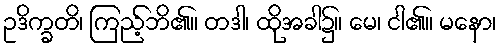
ဥဒိက္ခတိ၊ ကြည့်ဘိ၏။ တဒါ၊ ထိုအခါ၌။ မေ၊ ငါ၏။ မနော၊